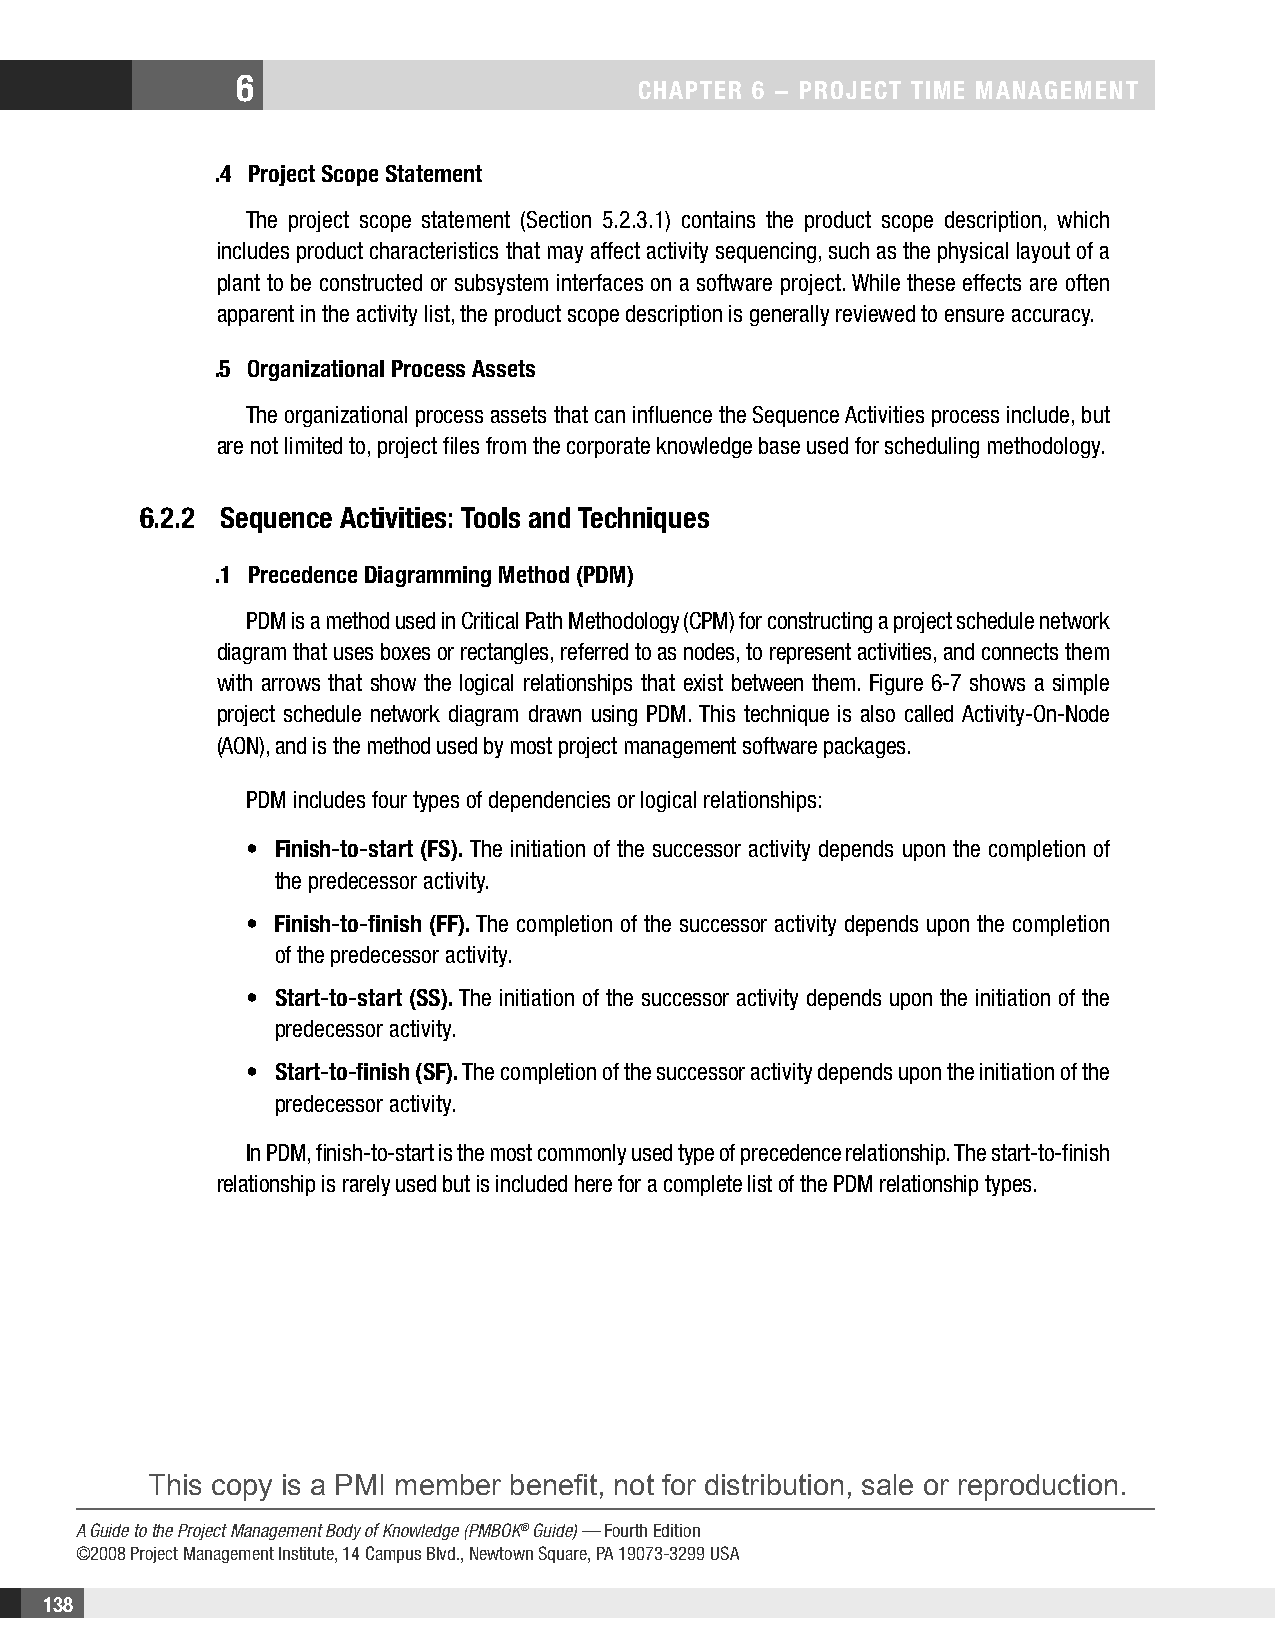
6
 CHAPTER 6 − PRojECT TimE mAnAgEmEnT
 .4 Project Scope Statement
 The project scope statement (Section 5.2.3.1) contains the product scope description, which
 includes product characteristics that may affect activity sequencing, such as the physical layout of a
 plant to be constructed or subsystem interfaces on a software project. While these effects are often
 apparent in the activity list, the product scope description is generally reviewed to ensure accuracy.
 .5 organizational Process Assets
 The organizational process assets that can influence the Sequence Activities process include, but
 are not limited to, project files from the corporate knowledge base used for scheduling methodology.
 6.2.2 Sequence Activities: Tools and Techniques
 .1 Precedence Diagramming method (PDm)
 PDM is a method used in Critical Path Methodology (CPM) for constructing a project schedule network
 diagram that uses boxes or rectangles, referred to as nodes, to represent activities, and connects them
 with arrows that show the logical relationships that exist between them. Figure 6-7 shows a simple
 project schedule network diagram drawn using PDM. This technique is also called Activity-On-Node
 (AON), and is the method used by most project management software packages.
 PDM includes four types of dependencies or logical relationships:
 • Finish-to-start (FS). The initiation of the successor activity depends upon the completion of
 the predecessor activity.
 • Finish-to-finish (FF). The completion of the successor activity depends upon the completion
 of the predecessor activity.
 • Start-to-start (SS). The initiation of the successor activity depends upon the initiation of the
 predecessor activity.
 • Start-to-finish (SF). The completion of the successor activity depends upon the initiation of the
 predecessor activity.
 In PDM, finish-to-start is the most commonly used type of precedence relationship. The start-to-finish
 relationship is rarely used but is included here for a complete list of the PDM relationship types.
 This copy is a PMI member benefit, not for distribution, sale or reproduction.
 A Guide to the Project Management Body of Knowledge (PMBOK® Guide) — Fourth Edition
 ©2008 Project Management Institute, 14 Campus Blvd., Newtown Square, PA 19073-3299 USA
 138